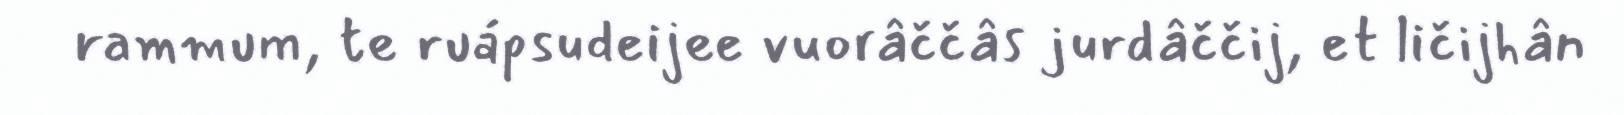
rammum, te ruápsudeijee vuorâččâs jurdâččij, et ličijhân